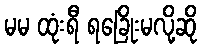
မမ ထုံးရီ ရခြေိုးမလို့ဆို